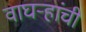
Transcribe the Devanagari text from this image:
वाघऱ्‍हांची